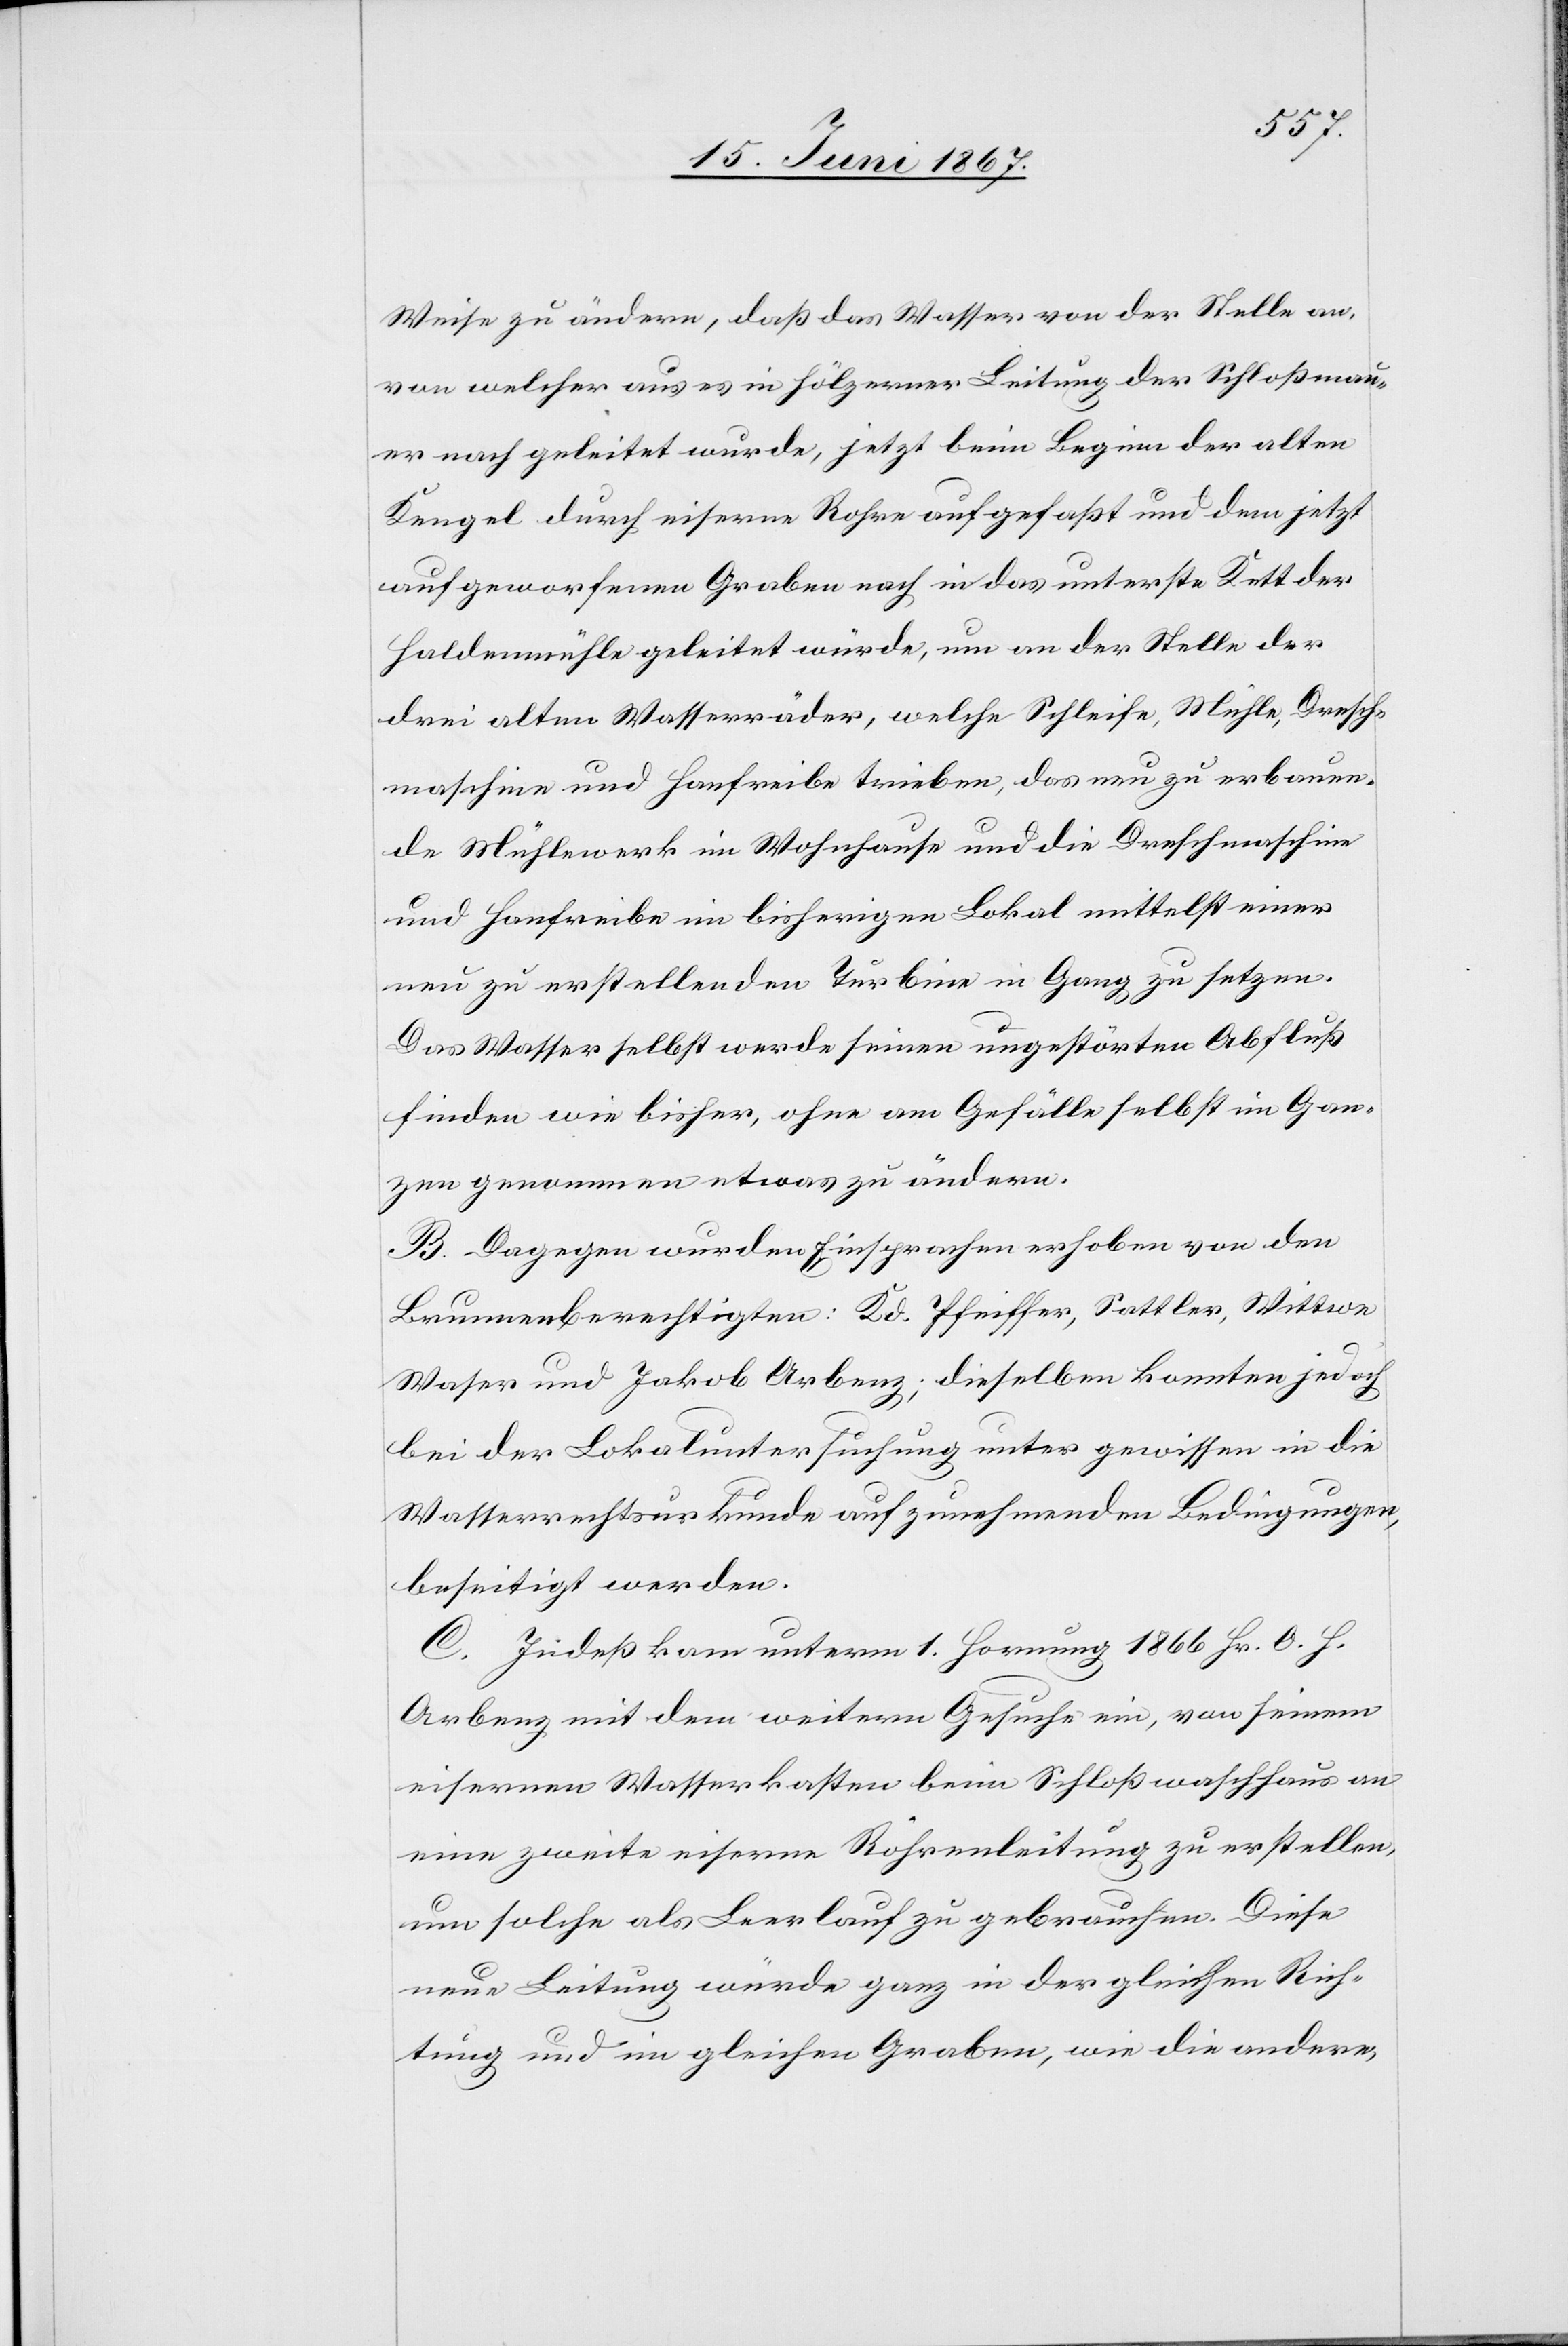
Weise zu ändern, daß das Wasser von der Stelle an,
von welcher aus es in hölzerner Leitung der Schloßmau¬
er nach geleitet wurde, jetzt beim Beginn der alten
Kengel durch eiserne Rohre aufgefaßt und dem jetzt
aufgeworfenen Graben nach in das unterste Kett der
Haldenmühle geleitet würde, um an der Stelle der
drei alten Wasserräder, welche Schleife, Mühle, Dreh¬
maschine und Hanfreibe trieben, das nun zu erbauen¬
de Mühlewerk im Wohnhause und die Drehmaschine
und Hanfreibe im bisherigen Lokal mittelst einer
neu zu erstellenden Turbine in Gang zu setzen.
Das Wasser selbst werde seinen ungestörten Abfluß
finden wie bisher, ohne am Gefälle selbst im Gan¬
zen genommen etwas zu ändern.
B. Dagegen wurden Einsprachen erhoben von den
Brunnenberechtigten: Kd. Pfeiffer, Sattler, Wittwe
Waser und Jakob Arbenz; dieselben konnten jedoch
bei der Lokaluntersuchung unter gewissen in die
Wasserrechtsurkunde aufzunehmenden Bedingungen
beseitigt werden.
C. Indeß kam unterm 1. Hornung 1866 Hr. O. H.
Arbenz mit dem weitern Gesuche ein, von seinem
eisernen Wasserkasten beim Schlußwaschhaus an
eine zweite eiserne Röhrenleitung zu erstellen,
um solche als Leerlauf zu gebrauchen. Diese
neue Leitung würde ganz in der gleichen Rich¬
tung und im gleichen Graben, wie die andere,